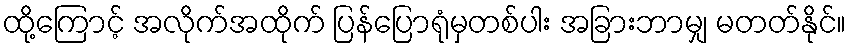
ထို့ကြောင့် အလိုက်အထိုက် ပြန်ပြောရုံမှတစ်ပါး အခြားဘာမျှ မတတ်နိုင်။